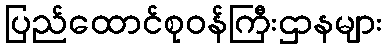
ပြည်ထောင်စုဝန်ကြီးဌာနများ